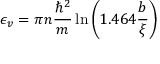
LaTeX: \epsilon _ { v } = \pi n { \frac { \hbar ^ { 2 } } { m } } \ln \left( 1 . 4 6 4 { \frac { b } { \xi } } \right)